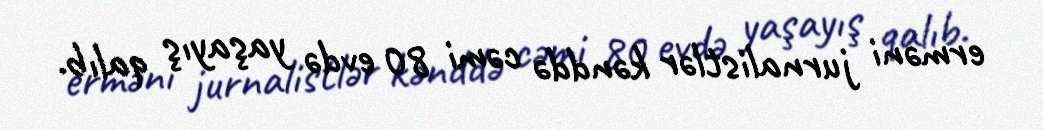
erməni jurnalistlər kənddə cəmi 80 evdə yaşayış qalıb.